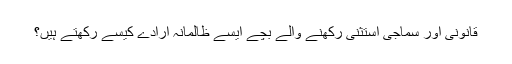
قانونی اور سماجی استثنیٰ رکهنے والے بچے ایسے ظالمانہ ارادے کیسے رکھتے ہیں؟